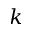
k